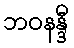
ဘဝနန္ဒီ